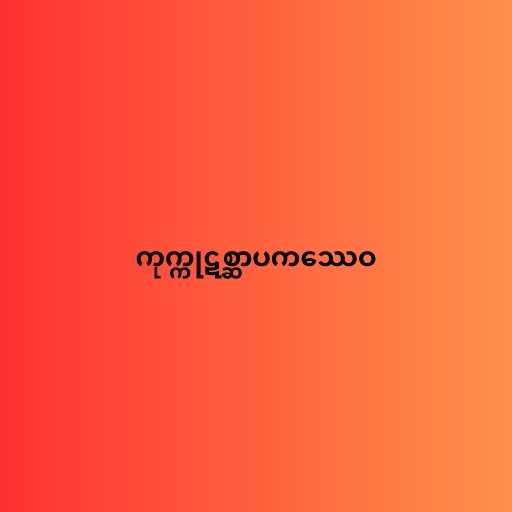
ကုက္ကုဋစ္ဆာပကဿေဝ